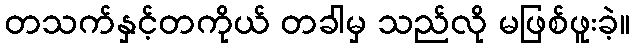
တသက်နှင့်တကိုယ် တခါမှ သည်လို မဖြစ်ဖူးခဲ့။